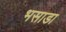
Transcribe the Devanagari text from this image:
भसाडा